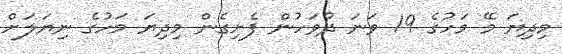
މިދިޔަ މޭ މަހުގެ 19 ވަނަ ދުވަހުން ފެށިގެން މިދިޔަ މަހުގެ ނިޔަލަށް